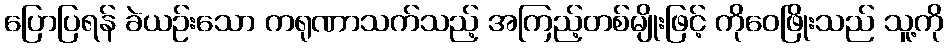
ပြောပြရန် ခဲယဉ်းသော ကရုဏာသက်သည့် အကြည့်တစ်မျိုးဖြင့် ကိုဝေဖြိုးသည် သူ့ကို